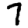
Digit: 7